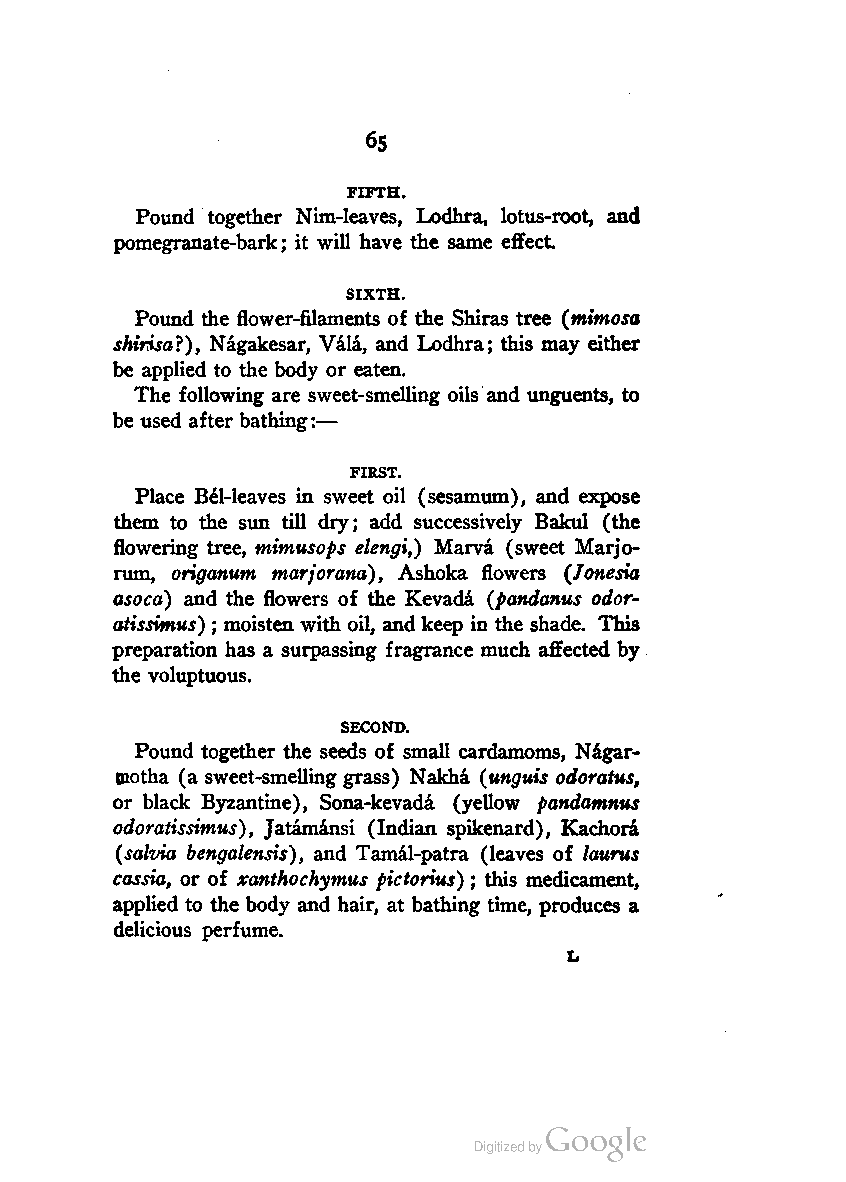
6S
 FIFTH.
 Pound together Nim-leaves, Lodhra, lotus-root, and
 pomegranate-bark; it will have the same effect.
 SIXTH.
 Pound the flower-filaments of the Shiras tree (mimosa
 shirisa?), Nagakesar, Vila, and Lodhra; this may either
 be applied to the body or eaten.
 The following are sweet-smelling oils and unguents, to
 be used after bathing:—
 FIRST.
 Place Bel-leaves in sweet oil (sesamum), and expose
 them to the sun till dry; add successively Bakul (the
 flowering tree, mimusops elengi,) Marva (sweet Marjo
 ram, origanum marjorana), Ashoka flowers (Jonesia
 asoca) and the flowers of the Kevada (pandanus odor-
 atissimus) ; moisten with oil, and keep in the shade. This
 preparation has a surpassing fragrance much affected by
 the voluptuous.
 SECOND.
 Pound together the seeds of small cardamoms, Nagar-
 taotha (a sweet-smelling grass) Nakha (unguis odoratus,
 or black Byzantine), Sona-kevada (yellow pandamnus
 odoratissimus), Jatamansi (Indian spikenard), Kachora
 (salvia bengalensis), and Tamal-patra (leaves of laurus
 cassia, or of xanthochymus pictorius) ; this medicament,
 applied to the body and hair, at bathing time, produces a
 delicious perfume.
 L